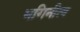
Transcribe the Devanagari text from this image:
भगिनीत्व